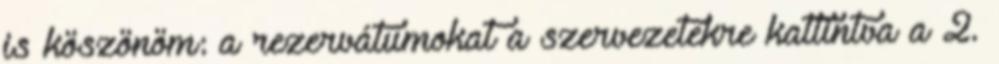
is köszönöm: a rezervátumokat a szervezetekre kattintva a 2.